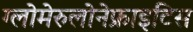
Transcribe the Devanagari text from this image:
ग्लोमेरुलोनेफ्राइटिस